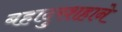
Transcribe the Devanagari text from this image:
बहादुरशहाने